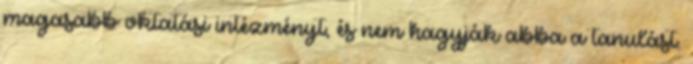
magasabb oktatási intézményt, és nem hagyják abba a tanulást.